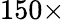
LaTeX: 150\times